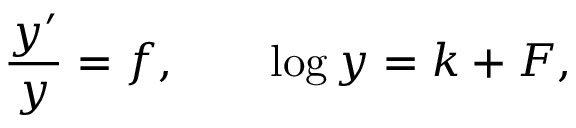
{ \frac { y ^ { \prime } } { y } } = f , \qquad \log y = k + F ,